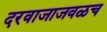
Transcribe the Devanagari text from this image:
दरवाजाजवळच